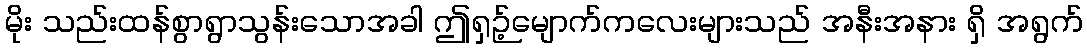
မိုး သည်းထန်စွာရွာသွန်းသောအခါ ဤရှဉ့်မျောက်ကလေးများသည် အနီးအနား ရှိ အရွက်